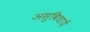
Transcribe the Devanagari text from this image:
असुविधायें